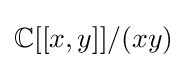
\mathbb {C} [[x,y]]/(xy)